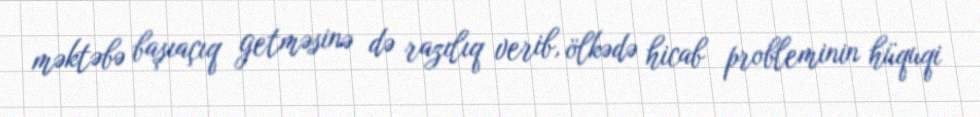
məktəbə başıaçıq getməsinə də razılıq verib, ölkədə hicab probleminin hüquqi